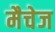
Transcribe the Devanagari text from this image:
मैचेज